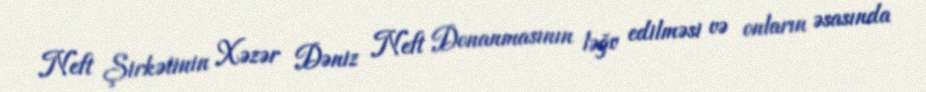
Neft Şirkətinin Xəzər Dəniz Neft Donanmasının ləğv edilməsi və onların əsasında